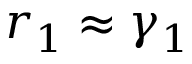
r _ { 1 } \approx \gamma _ { 1 }